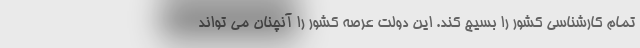
تمام کارشناسی کشور را بسیج کند. این دولت عرصه کشور را آنچنان می تواند